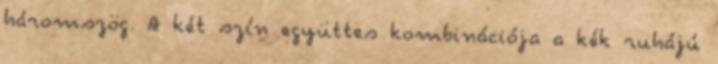
háromszög. A két szín együttes kombinációja a kék ruhájú